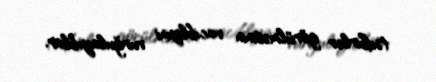
tədbirlər görülməsinin vacibliyini vurğulayıblar.